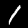
Label: 1